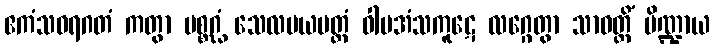
ဧကံသဝရဂတံ ကတွာ ပစ္စဂ္ဃံ သေလမယပတ္တံ ဝါမအံသကူဋေ လဂ္ဂေတွာ သာဝတ္ထိံ ပိဏ္ဍာယ